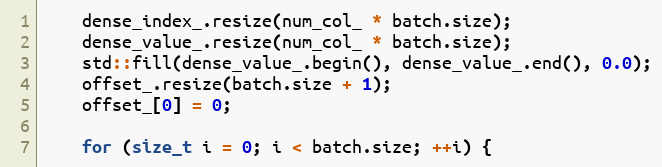
Language: C++
    dense_index_.resize(num_col_ * batch.size);
    dense_value_.resize(num_col_ * batch.size);
    std::fill(dense_value_.begin(), dense_value_.end(), 0.0);
    offset_.resize(batch.size + 1);
    offset_[0] = 0;

    for (size_t i = 0; i < batch.size; ++i) {